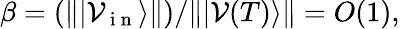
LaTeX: \beta=(\| \vert{\mathcal V}_{\mathrm{~i~n~}}\rangle\| )/\| \vert{\mathcal V}(T)\rangle\| =O(1),